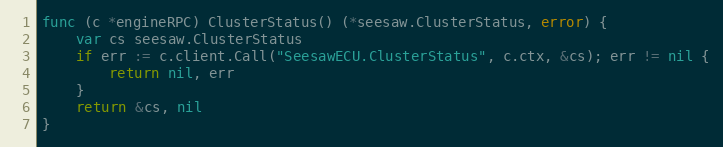
Language: Go
func (c *engineRPC) ClusterStatus() (*seesaw.ClusterStatus, error) {
	var cs seesaw.ClusterStatus
	if err := c.client.Call("SeesawECU.ClusterStatus", c.ctx, &cs); err != nil {
		return nil, err
	}
	return &cs, nil
}